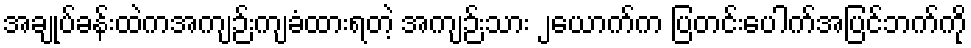
အချုပ်ခန်းထဲကအကျဉ်းကျခံထားရတဲ့ အကျဉ်းသား ၂ယောက်က ပြတင်းပေါက်အပြင်ဘက်ကို